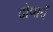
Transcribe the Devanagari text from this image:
दोषाचें